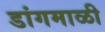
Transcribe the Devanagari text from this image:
डांगमाळी